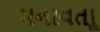
મનાવતાૢ